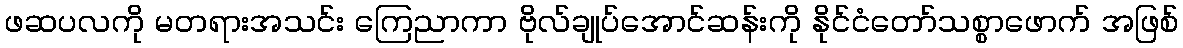
ဖဆပလကို မတရားအသင်း ကြေညာကာ ဗိုလ်ချုပ်အောင်ဆန်းကို နိုင်ငံတော်သစ္စာဖောက် အဖြစ်